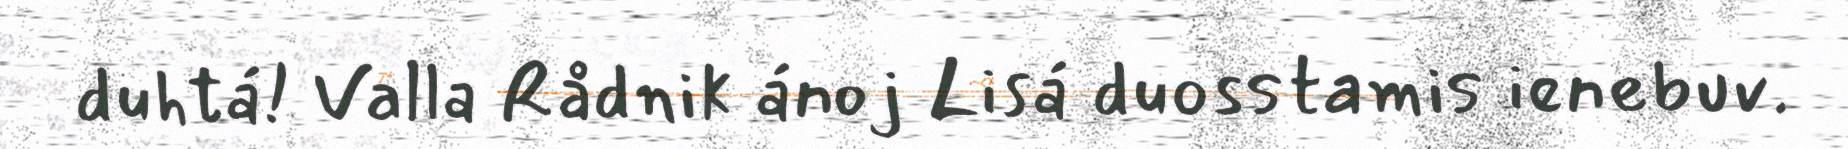
duhtá! Valla Rådnik ánoj Lisá duosstamis ienebuv.